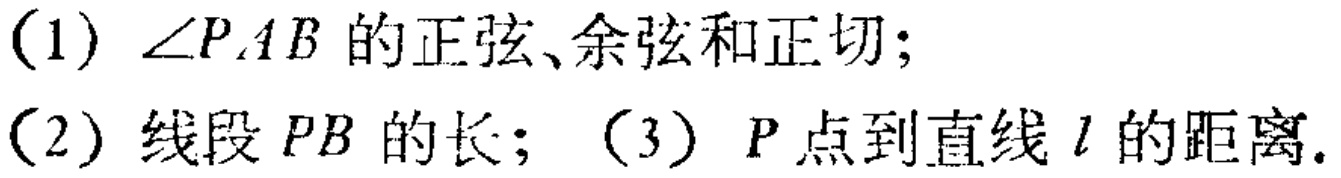
(1) \(\angle PAB\) 的正弦、余弦和正切；
(2) 线段 \(PB\) 的长；(3) \(P\) 点到直线 \(l\) 的距离.